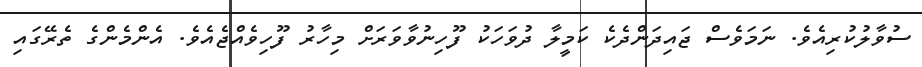
ސުވާލުކުރިއެވެ. ނަމަވެސް ޖައިދަންދެކެ ކަމީލާ ދުވަހަކު ފޫހިނުވާވަރަށް މިހާރު ފޫހިވެއްޖެއެވެ. އެންމެންގެ ތެރޭގައި